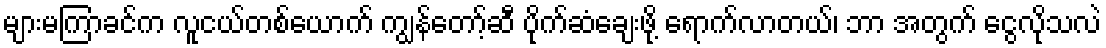
များမကြာခင်က လူငယ်တစ်ယောက် ကျွန်တော့်ဆီ ပိုက်ဆံချေးဖို့ ရောက်လာတယ်၊ ဘာ အတွက် ငွေလိုသလဲ